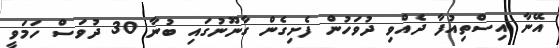
އޭނާ އިސްތިއުފާ ދެއްވި ދުވަހުން ފެށިގެން ގާނޫނުގައި ބުނާ 30 ދުވަސް ހަމަވީ